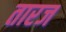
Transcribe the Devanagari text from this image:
तारज